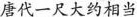
唐代一尺大约相当